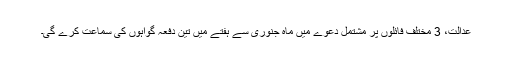
عدالت، 3 مختلف فائلوں پر مشتمل دعوے میں ماہِ جنوری سے ہفتے میں تین دفعہ گواہوں کی سماعت کرے گی۔